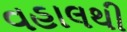
વહાલથી